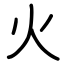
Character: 火